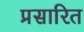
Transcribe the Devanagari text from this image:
प्रसारित